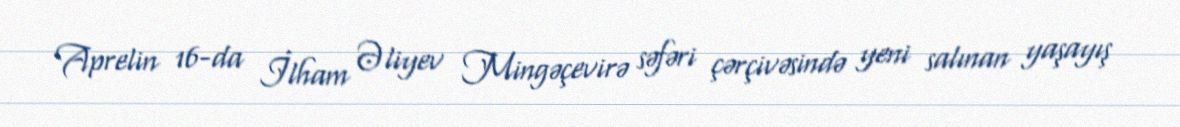
Aprelin 16-da İlham Əliyev Mingəçevirə səfəri çərçivəsində yeni salınan yaşayış